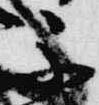
不